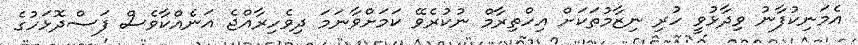
އެމަނިކުފާނު ވިދާޅުވީ ހުރި ނިޒާމުތަކަށް އިހްތިރާމް ނުކުރެވޭ ކަމަށްވާނަމަ ދިވެހިރާއްޖެ އަނެއްކާވެސް ފަސްދޮޅަހުގެ